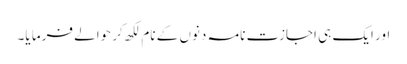
اور ایک ہی اجازت نامہ دنوں کے نام لکھ کر حوالے فرما یا۔